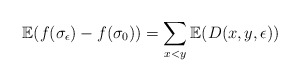
\begin{align*}\mathbb{E}(f(\sigma_{\epsilon})-f(\sigma_{0}))=\sum_{x<y}\mathbb{E}(D(x,y,\epsilon))\end{align*}